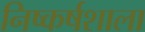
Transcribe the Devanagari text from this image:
निष्कर्षशाला